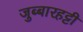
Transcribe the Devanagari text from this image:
जुब्‍बारहट्टी